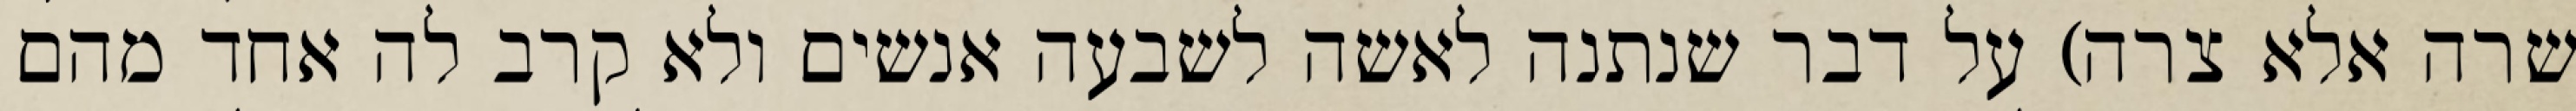
שרה אלא צרה) על דבר שנתנה לאשה לשבעה אנשים ולא קרב לה אחד מהם